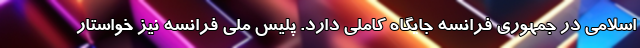
اسلامی در جمهوری فرانسه جایگاه کاملی دارد. پلیس ملی فرانسه نیز خواستار